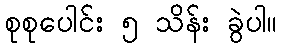
စုစုပေါင်း ၅ သိန်း ခွဲပါ။